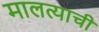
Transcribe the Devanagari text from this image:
मालत्याची